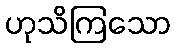
ဟုသိကြသော